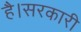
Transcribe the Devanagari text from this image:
है।सरकारी